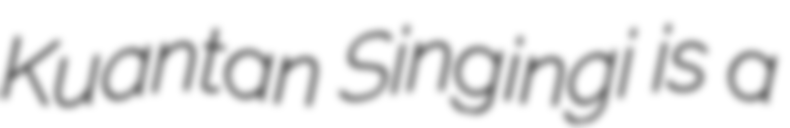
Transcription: Kuantan Singingi is a